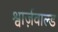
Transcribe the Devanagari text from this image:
श्वार्ज़वाल्ड